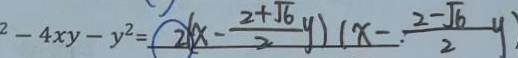
2 - 4 x y - y ^ { 2 } = 2 ( x - \frac { 2 + \sqrt { 6 } } { 2 } y ) ( x - \frac { 2 - \sqrt { 6 } } { 2 } y )